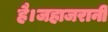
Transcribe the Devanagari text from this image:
है।जहाजरानी